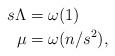
LaTeX: \begin{align*} s\Lambda &= \omega(1) \\ \mu &= \omega( n/s^2), \end{align*}